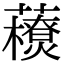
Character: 𧃬